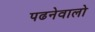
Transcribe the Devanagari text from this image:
पढनेवालो